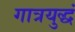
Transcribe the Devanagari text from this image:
गात्रयुद्धं